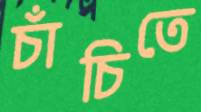
চাঁচিতে